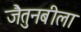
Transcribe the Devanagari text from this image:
जैतुनबीला